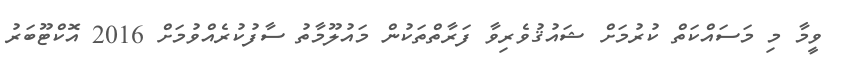
ވީމާ މި މަސައްކަތް ކުރުމަށް ޝައުޤުވެރިވާ ފަރާތްތަކުން މައުލޫމާތު ސާފުކުރެއްވުމަށް 2016 އޮކްޓޫބަރު